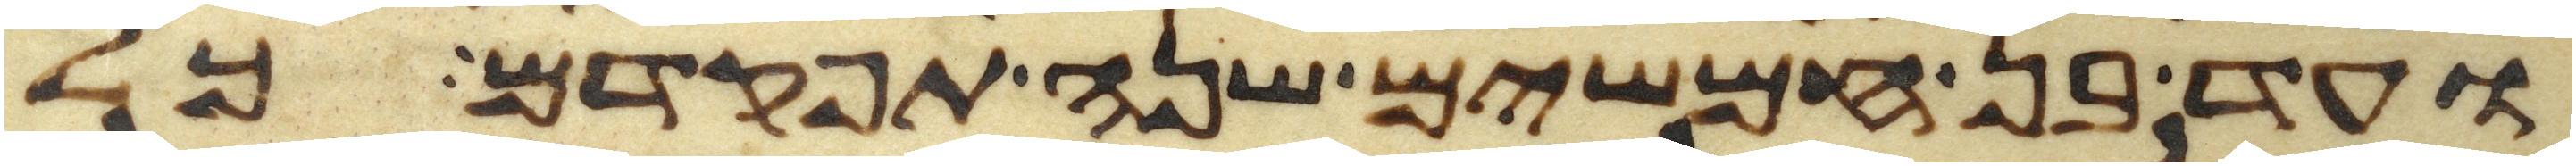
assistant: ועד בן חמשים שנה תפקדם כל